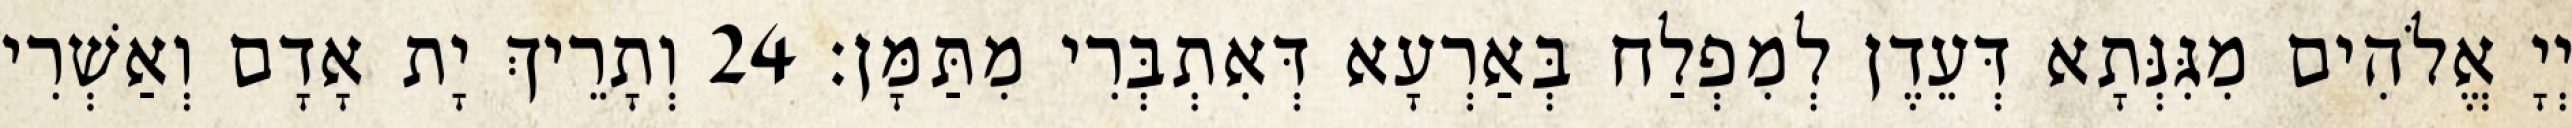
יְיָ אֱלֹהִים מִגִּנְּתָא דְּעֵדֶן לְמִפְלַח בְּאַרְעָא דְּאִתְבְּרִי מִתַּמָּן׃ 24 וְתָרֵיךְ יָת אָדָם וְאַשְׁרִי